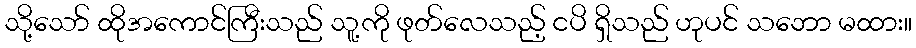
သို့သော် ထိုအကောင်ကြီးသည် သူ့ကို ဖုတ်လေသည့် ငပိ ရှိသည် ဟုပင် သဘော မထား။